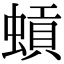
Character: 𫋐